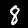
Digit: 8